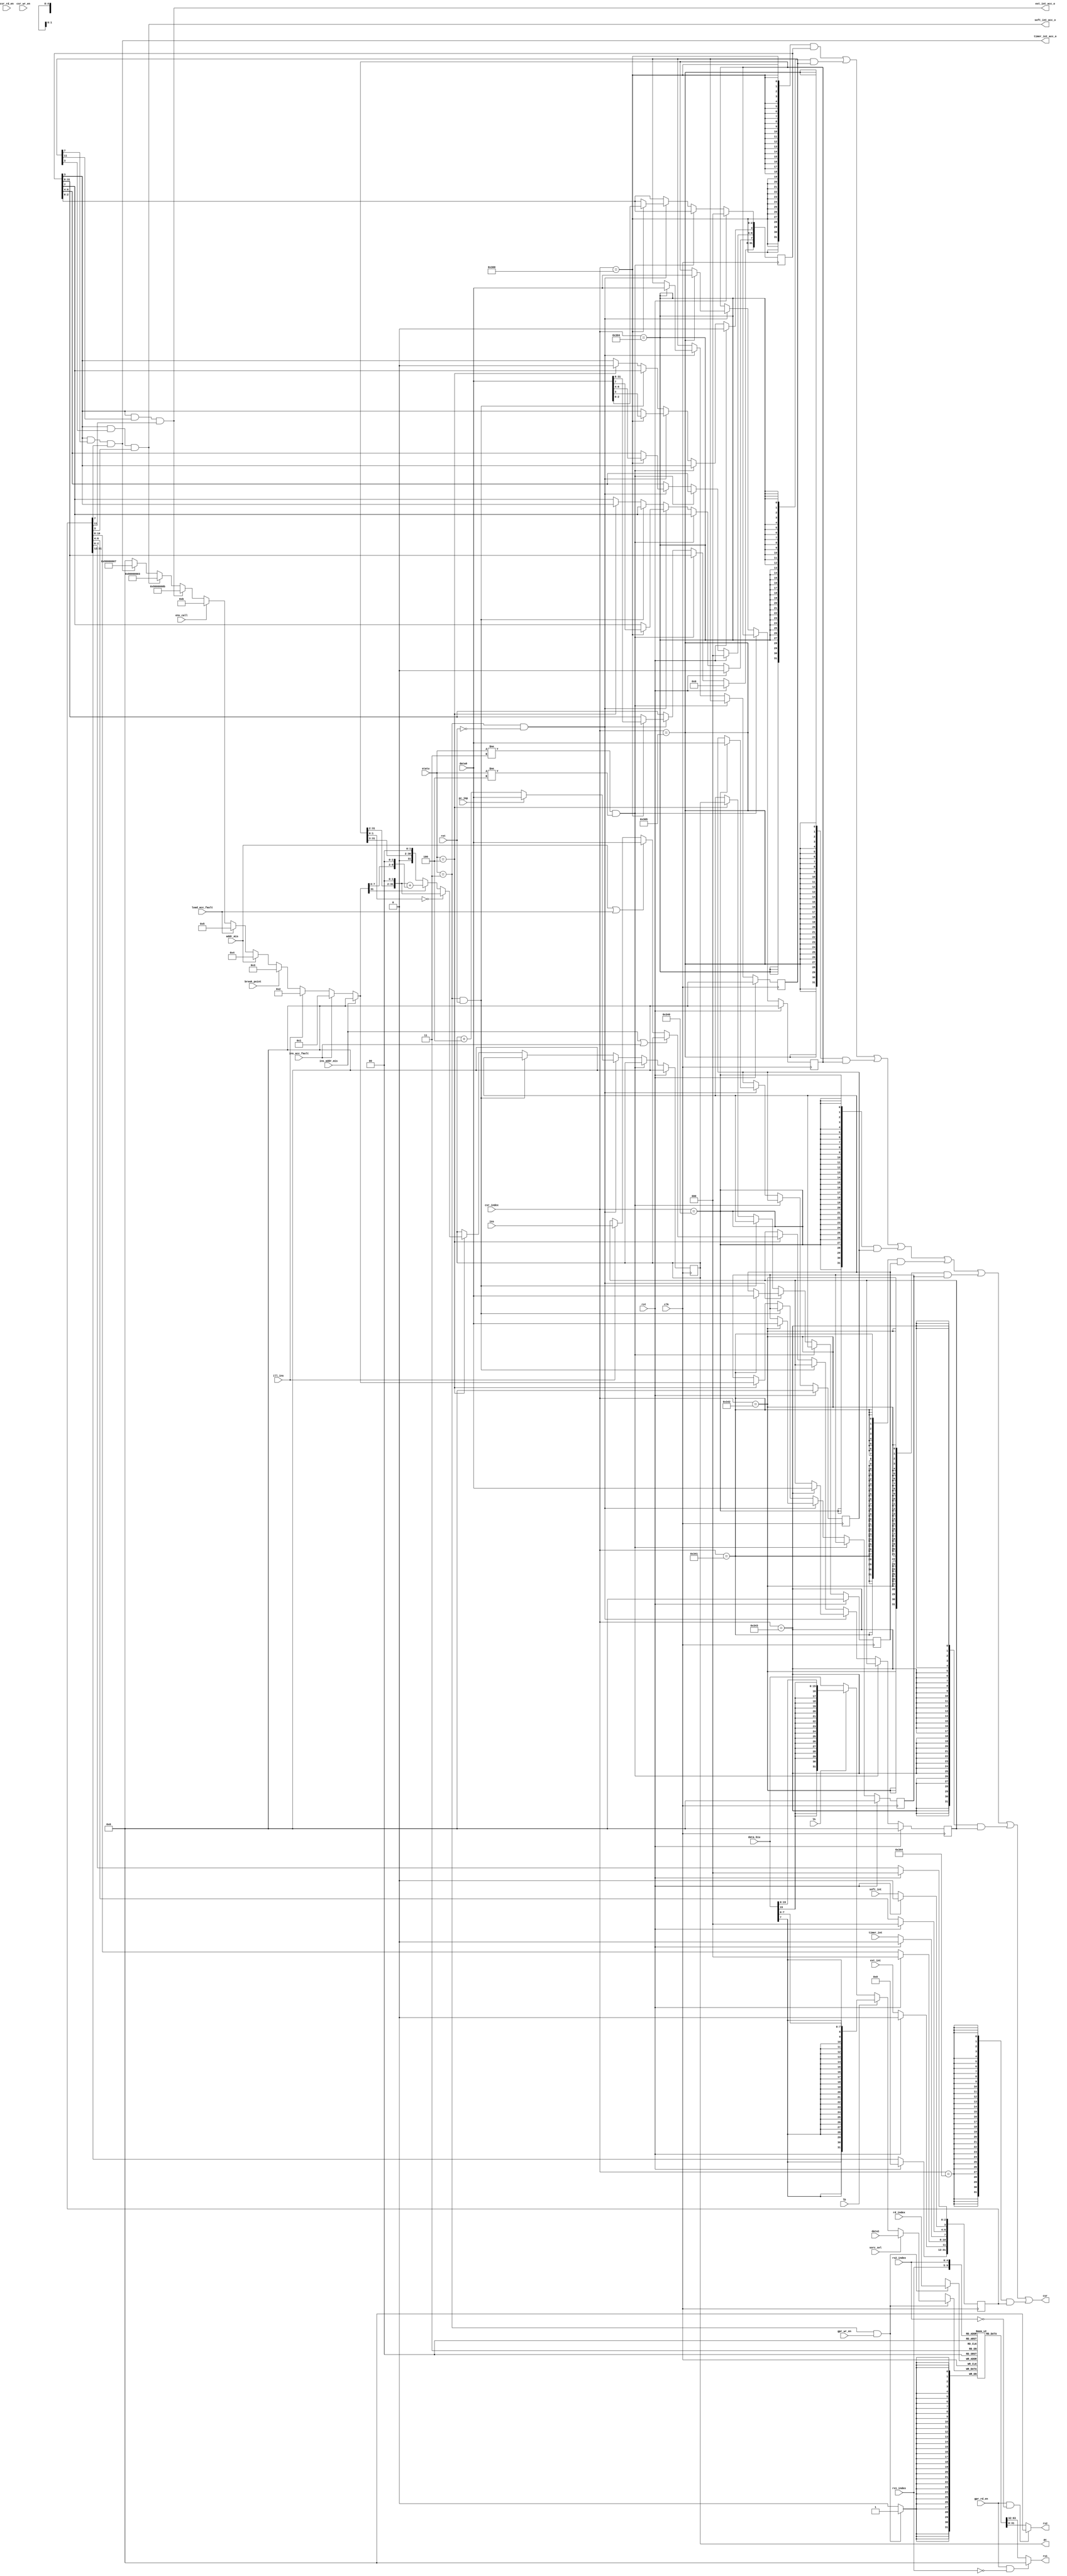
module csr_gpr(

input wire clk,

input wire rst,

//控制独热码

//gpr数据源选择
input wire sorc_sel,
//gpr符号位拓展选择
input wire lb,
input wire lh,
//读使能
input wire gpr_rd_en,
input wire csr_rd_en,
//写使能
input wire gpr_wr_en,
input wire csr_wr_en,
//跳转信号
input wire pc_jmp,
//ret指令
input wire ret,
//软件中断
input wire soft_int,
//定时器中断
input wire timer_int,
//外部中断
input wire ext_int,
//指令地址不对齐
input wire ins_addr_mis,
//指令无法访问
input wire ins_acc_fault,
//非法指令
input wire ill_ins,
//断点
input wire break_point,
//载入的地址不对齐
input wire addr_mis,
//载入错误
input wire load_acc_fault,
//环境调用
input wire env_call,



//当前状态

input wire [2:0] statu,

//寄存器索引

input wire [4:0] rs1_index,
input wire [4:0] rs2_index,
input wire [4:0] rd_index,


//csr索引

input wire [11:0] csr_index,

//mtval输入



input wire [31:0] ins,


//数据总线输入

input wire [31:0]data0,
input wire [31:0]data1,
input wire [31:0]data_biu,

//pc值输出

output reg [31:0]pc,

//gpr寄存器读口

output wire [31:0] rs1,
output wire [31:0] rs2,

//csr寄存器读口

output wire [31:0] csr,

//仲裁之后的中断信号

output wire timer_int_acc_o,    
output wire ext_int_acc_o,        
output wire soft_int_acc_o     

);

wire [31:0]data_gpr;

//定义csr

reg [31:0]mepc;
reg [31:0]mcause;
reg [31:0]mtval;
reg [31:0]mip;
reg [31:0]mscratch;
reg [31:0]mtvec;
reg [31:0]mie;
reg [31:0]mstatus;

//定义寄存器组

reg [31:0]gpr[31:0];

//中断接受信号 

 wire   timer_int_acc;
 wire   ext_int_acc;
 wire   soft_int_acc;

 assign timer_int_acc_o = timer_int_acc;    
 assign ext_int_acc_o   = ext_int_acc;     
 assign soft_int_acc_o  = soft_int_acc;
 
 //中断值编码器
 wire  [31:0] mcause_encoder;


//通用寄存器输出

assign rs1 = gpr_rd_en & (rs1_index==5'b0000)?32'b0:gpr[rs1_index];
assign rs2 = gpr_rd_en & (rs2_index==5'b0000)?32'b0:gpr[rs2_index];

//csr读取数据选择器

assign csr =             (    {32{(csr_index == 12'h300)}} & mstatus 
                            | {32{(csr_index == 12'h304)}} & mie
                            | {32{(csr_index == 12'h305)}} & mtvec
                            | {32{(csr_index == 12'h340)}} & mscratch
                            | {32{(csr_index == 12'h341)}} & mepc
                            | {32{(csr_index == 12'h342)}} & mcause
                            | {32{(csr_index == 12'h343)}} & mtval
                            | {32{(csr_index == 12'h344)}} & mip
                            
);

//对外部中断进行仲裁

assign  timer_int_acc    = mstatus[3] & mie[7] & mip[7];
assign  ext_int_acc      = mstatus[3] & mie[11]& mip[11];  
assign  soft_int_acc     = mstatus[3] & mie[3] & mip[3];

//异常值编码器（此处应为优先级编码器）

assign  mcause_encoder   =      ins_addr_mis ? 32'd 0 : 

                                ins_acc_fault? 32'd 1 :

                                     ill_ins ? 32'd 2 :

                                break_point  ? 32'd 3 :
                            
                                    addr_mis ? 32'd 4 :

                              load_acc_fault ? 32'd 5 :
                              
                                   env_call  ? 32'd 11:
            
                                 ext_int_acc ? 32'd 2147483659 : 

                                soft_int_acc ? 32'd 2147483651 :
                                
                              timer_int_acc  ? 32'd 2147483655 : 32'b 0;
                              
//模块读取信号选择器

assign data_gpr = sorc_sel ? data1 : lb ? {{24{data_biu[7]}},data_biu[7:0]} : lh ? {{16{data_biu[15]}},data_biu[15:0]} : data_biu;

                                                       
always @ (posedge clk)begin

//同步复位

        if(rst)begin
             pc       <=  32'b0;
             mepc     <=  32'b0;
             mcause   <=  32'b0;
             mtval    <=  32'b0;
             mscratch <=  32'b0;
             mtvec    <=  32'b0;
             mie      <=  32'b0;
             mstatus  <=  32'b0;
             
         end

//当前状态不在写回，异常处理
     
     
        else if(statu != 3'b011 & statu != 3'b100 )begin
            
            //空操作
            
        end
//当前状态在写回且没有返回指令
        else if( statu == 3'b011 & !ret)begin
        
            
            
            pc   <=  pc_jmp ? data0 : pc + 4;
            
            case(csr_index)
                            12'h300:  mstatus <= data0; 
                            12'h304:  mie     <= data0;
                            12'h305:  mtvec   <= data0;
                            12'h340:  mscratch<= data0;
                            12'h341:  mepc    <= data0;
                            12'h342:  mcause  <= data0;
                            12'h343:  mtval   <= data0;
                            
            
            endcase
                                
                        
        end

//当前状态在写回并且有返回指令       
        
        else if( statu == 3'b011 & ret)begin
        
            mstatus[3] <= mstatus[7];
            
            pc <= mepc;
                        
        end
        
//当前状态需要异常处理       
        else if( statu == 3'b100)  begin
        
            mepc     <= pc;
            
            mtval    <= (ins_addr_mis|ins_acc_fault) ? pc :  (addr_mis | load_acc_fault) ? data0 : ill_ins ? ins : mtval ;
            
            pc       <= (mtvec[1:0]==2'b00) ? {mtvec[31:2],2'b00} : (!mcause_encoder[31])? {mtvec[31:3],2'b00} : 
							{mtvec[31:2],2'b00} + {22'b0,mcause_encoder[7:0],2'b00};
            
            mcause   <= mcause_encoder;  
       
            mstatus[7] <= mstatus[3];
            
            mstatus[3] <= 1'b0;

           
        end
        
 end
 
 //mip寄存器操作
 
 always @ (posedge clk) begin
        
        if(rst)begin
        
            mip <= 32'b0;
        end
        
        else begin
        
            mip[11] <= ext_int;     //外部中断输入
            mip[7]  <= timer_int;   //定时器中断输入
            mip[3]  <= soft_int;    //软件中断输入
        
        end
end

always @ (posedge clk)begin
            
           if(statu ==3'b0011 & gpr_wr_en)begin
           
                gpr[rd_index] <=  data_gpr;
           
           end
           
           
           
end
 
endmodule